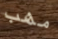
مهب